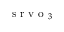
{ \mathrm { ~ s ~ r ~ v ~ o ~ } } _ { 3 }